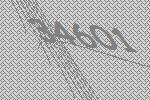
34601